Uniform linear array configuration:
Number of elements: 64
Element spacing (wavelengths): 0.25
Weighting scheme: hamming
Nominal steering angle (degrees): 15
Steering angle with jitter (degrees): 15.815
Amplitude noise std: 0.05
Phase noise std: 0.05

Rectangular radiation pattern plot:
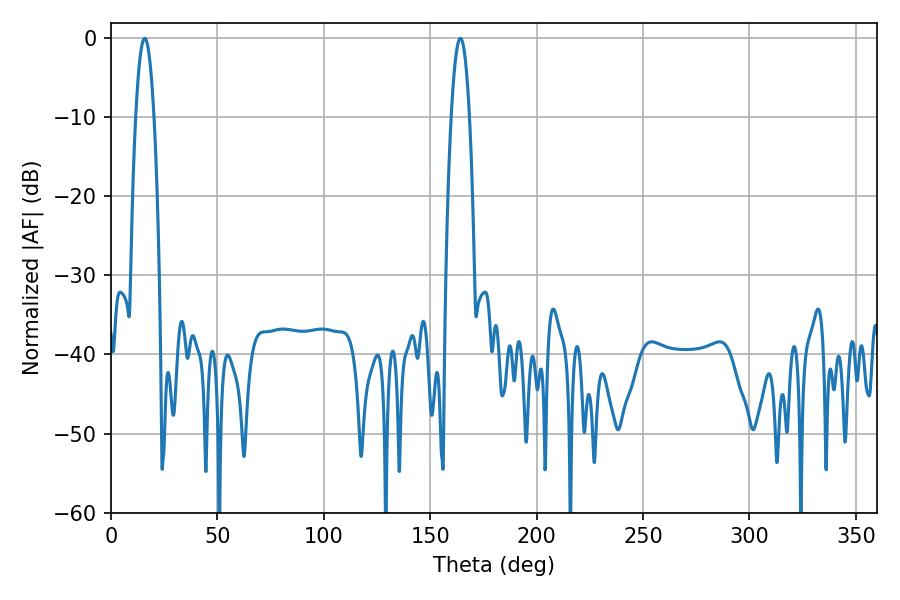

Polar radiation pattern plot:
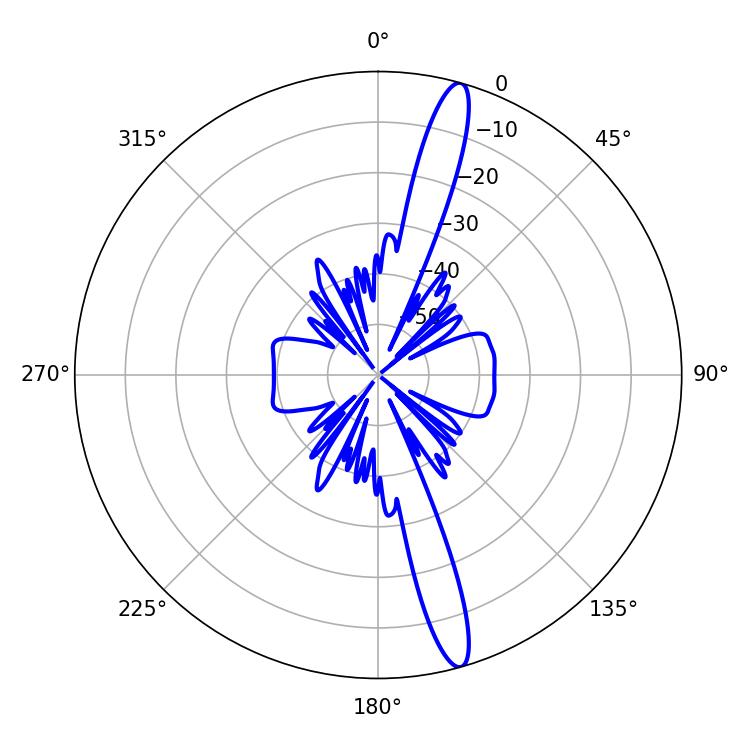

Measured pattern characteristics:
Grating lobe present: FALSE
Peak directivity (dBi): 16.121
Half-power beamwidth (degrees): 4.68
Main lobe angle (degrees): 15.84